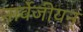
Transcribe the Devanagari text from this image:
नार्वेजीयन्